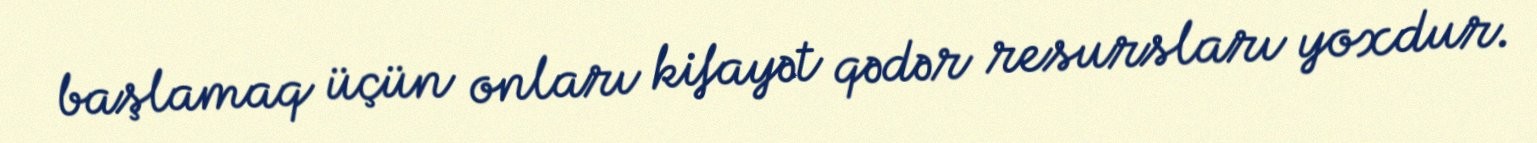
başlamaq üçün onları kifayət qədər resursları yoxdur.